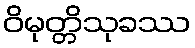
ဝိမုတ္တိသုခဿ